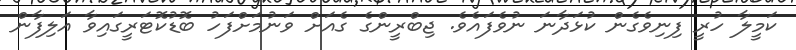
ކަމީލާ ހުރީ ފިނިވެގެން ކުޅަދާނަ ނުވެފައެވެ. ޖިބްރީންގެ ގެއަށް ވަނުމަށްފަހު ބޮޑުކޮޓަރީގައިވާ އަލިފާން